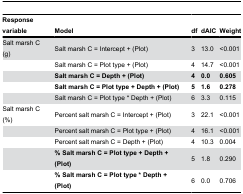
| Response variable | Model | df | dAIC | Weight |
 | --- | --- | --- | --- | --- |
 | Salt marsh C (g) | Salt marsh C = Intercept + (Plot) | 3 | 13.0 | <0.001 |
 |  | Salt marsh C = Plot type + (Plot) | 4 | 14.7 | <0.001 |
 |  | Salt marsh C = Depth + (Plot) | 4 | 0.0 | 0.605 |
 |  | Salt marsh C = Plot type + Depth + (Plot) | 5 | 1.6 | 0.278 |
 |  | Salt marsh C = Plot type * Depth + (Plot) | 6 | 3.3 | 0.115 |
 | Salt marsh C (%) | Percent salt marsh C = Intercept + (Plot) | 3 | 22.1 | <0.001 |
 |  | Percent salt marsh C = Plot type + (Plot) | 4 | 16.1 | <0.001 |
 |  | Percent salt marsh C = Depth + (Plot) | 4 | 10.3 | 0.004 |
 |  | % Salt marsh C = Plot type + Depth + (Plot) | 5 | 1.8 | 0.290 |
 |  | % Salt marsh C = Plot type * Depth + (Plot) | 6 | 0.0 | 0.706 |